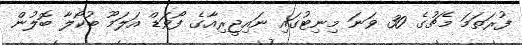
ފުރަތަމަ މެޗުގެ 30 ވަނަ މިނިޓުގައި ނައިޖީރިއާގެ ފޯވަޑް އަލަމޫ ބުކޯލާ ބޮލުން